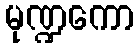
မုဏ္ဍကော